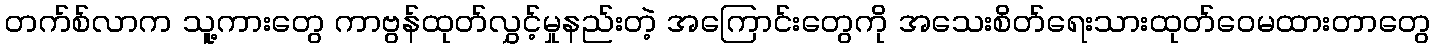
တက်စ်လာက သူ့ကားတွေ ကာဗွန်ထုတ်လွှင့်မှုနည်းတဲ့ အကြောင်းတွေကို အသေးစိတ်ရေးသားထုတ်ဝေမထားတာတွေ